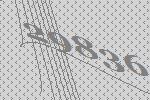
29836